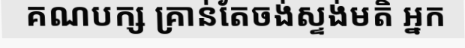
គណបក្ស គ្រាន់តែចង់ស្ទង់មតិ អ្នក